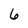
Character: 6